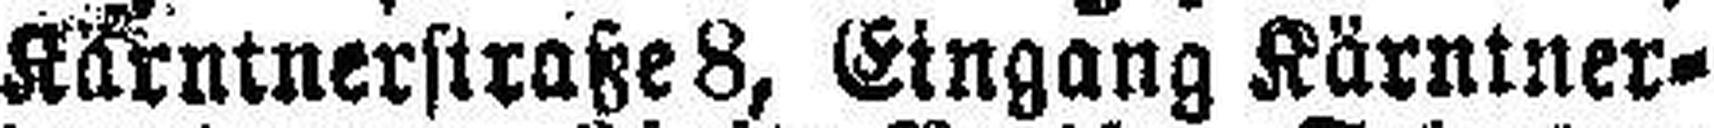
Kärntnerstraße 8, Eingang Kärntner¬